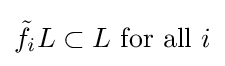
{\tilde {f}}_{i}L\subset L{\text{ for all }}i